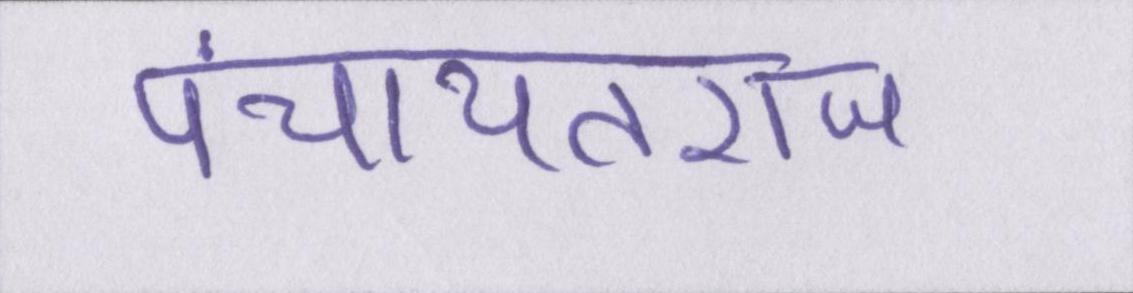
पंचायतराज